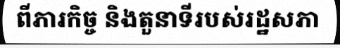
ពីភារកិច្ច និងតួនាទីរបស់រដ្ឋសភា